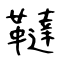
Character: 韃